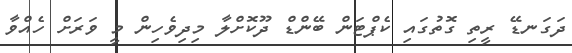
ދަގަނޑޭ ރީތި ގޮތުގައި ކެޕްޓަން ބޭންޑް ދޫކޮށްލާ މިދިވެހިން މީ ވަރަށް ހެއްވާ